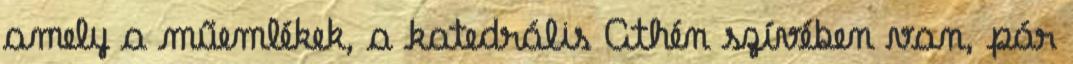
amely a műemlékek, a katedrális Athén szívében van, pár